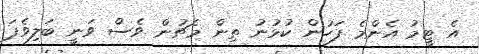
އެ ޓީމު އެންމެ ފަހުން ކުޅުނު ތިން މެޗުން ވެސް ވަނީ ބަލިވެފަ